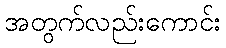
အတွက်လည်းကောင်း